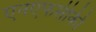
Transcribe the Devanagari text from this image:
एनएफसीकी